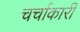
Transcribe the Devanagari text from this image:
चर्चाकारी